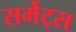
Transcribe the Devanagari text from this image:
सर्मेट्स